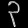
Digit: ၃